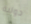
دولية